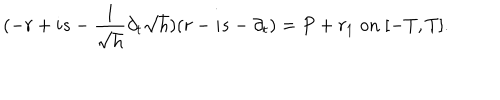
( - r + i s - \frac { 1 } { \sqrt { h } } \partial _ { t } \sqrt { h } ) ( r - i s - \partial _ { t } ) = P + r _ { 1 } \; \mathrm { o n } \; [ - T , T ] .